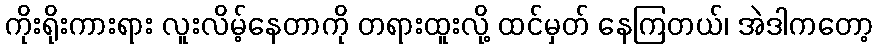
ကိုးရိုးကားရား လူးလိမ့်နေတာကို တရားထူးလို့ ထင်မှတ် နေကြတယ်၊ အဲဒါကတော့